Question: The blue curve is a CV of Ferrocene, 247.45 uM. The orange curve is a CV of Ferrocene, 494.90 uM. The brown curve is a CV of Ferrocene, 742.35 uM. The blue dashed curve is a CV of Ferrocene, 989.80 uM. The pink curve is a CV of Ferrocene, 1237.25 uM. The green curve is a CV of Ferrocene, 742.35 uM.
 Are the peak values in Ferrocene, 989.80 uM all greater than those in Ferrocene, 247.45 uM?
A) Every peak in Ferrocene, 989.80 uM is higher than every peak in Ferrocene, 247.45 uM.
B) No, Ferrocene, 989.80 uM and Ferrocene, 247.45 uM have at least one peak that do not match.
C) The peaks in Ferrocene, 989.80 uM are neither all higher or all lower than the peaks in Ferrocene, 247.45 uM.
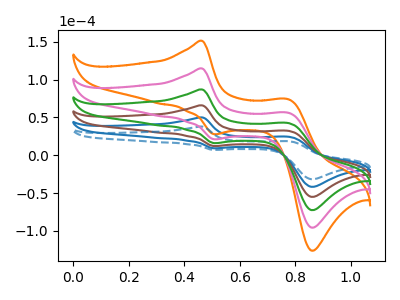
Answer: <think>The blue curve "Ferrocene, 247.45 uM" has anodic peaks at (0.45V, 50.00uA) (0.80V, 24.45uA) and cathodic peaks at (0.50V, 9.20uA) (0.85V, -41.70uA). The orange curve "Ferrocene, 494.90 uM" has anodic peaks at (0.45V, 250.10uA) (0.80V, 122.15uA) and cathodic peaks at (0.50V, 46.00uA) (0.85V, -208.45uA). The brown curve "Ferrocene, 742.35 uM" has anodic peaks at (0.45V, 100.05uA) (0.80V, 48.85uA) and cathodic peaks at (0.50V, 18.40uA) (0.85V, -83.40uA). The blue dashed curve "Ferrocene, 989.80 uM" has anodic peaks at (0.45V, 37.95uA) (0.80V, 18.55uA) and cathodic peaks at (0.50V, 7.00uA) (0.85V, -31.60uA). The pink curve "Ferrocene, 1237.25 uM" has anodic peaks at (0.45V, 200.10uA) (0.80V, 97.70uA) and cathodic peaks at (0.50V, 36.80uA) (0.85V, -166.75uA). The green curve "Ferrocene, 742.35 uM" has anodic peaks at (0.45V, 150.05uA) (0.80V, 73.30uA) and cathodic peaks at (0.50V, 27.60uA) (0.85V, -125.05uA).</think>
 <answer>C) The peaks in "Ferrocene, 989.80 uM" are neither all higher or all lower than the peaks in "Ferrocene, 247.45 uM".</answer>
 <eval>C</eval>